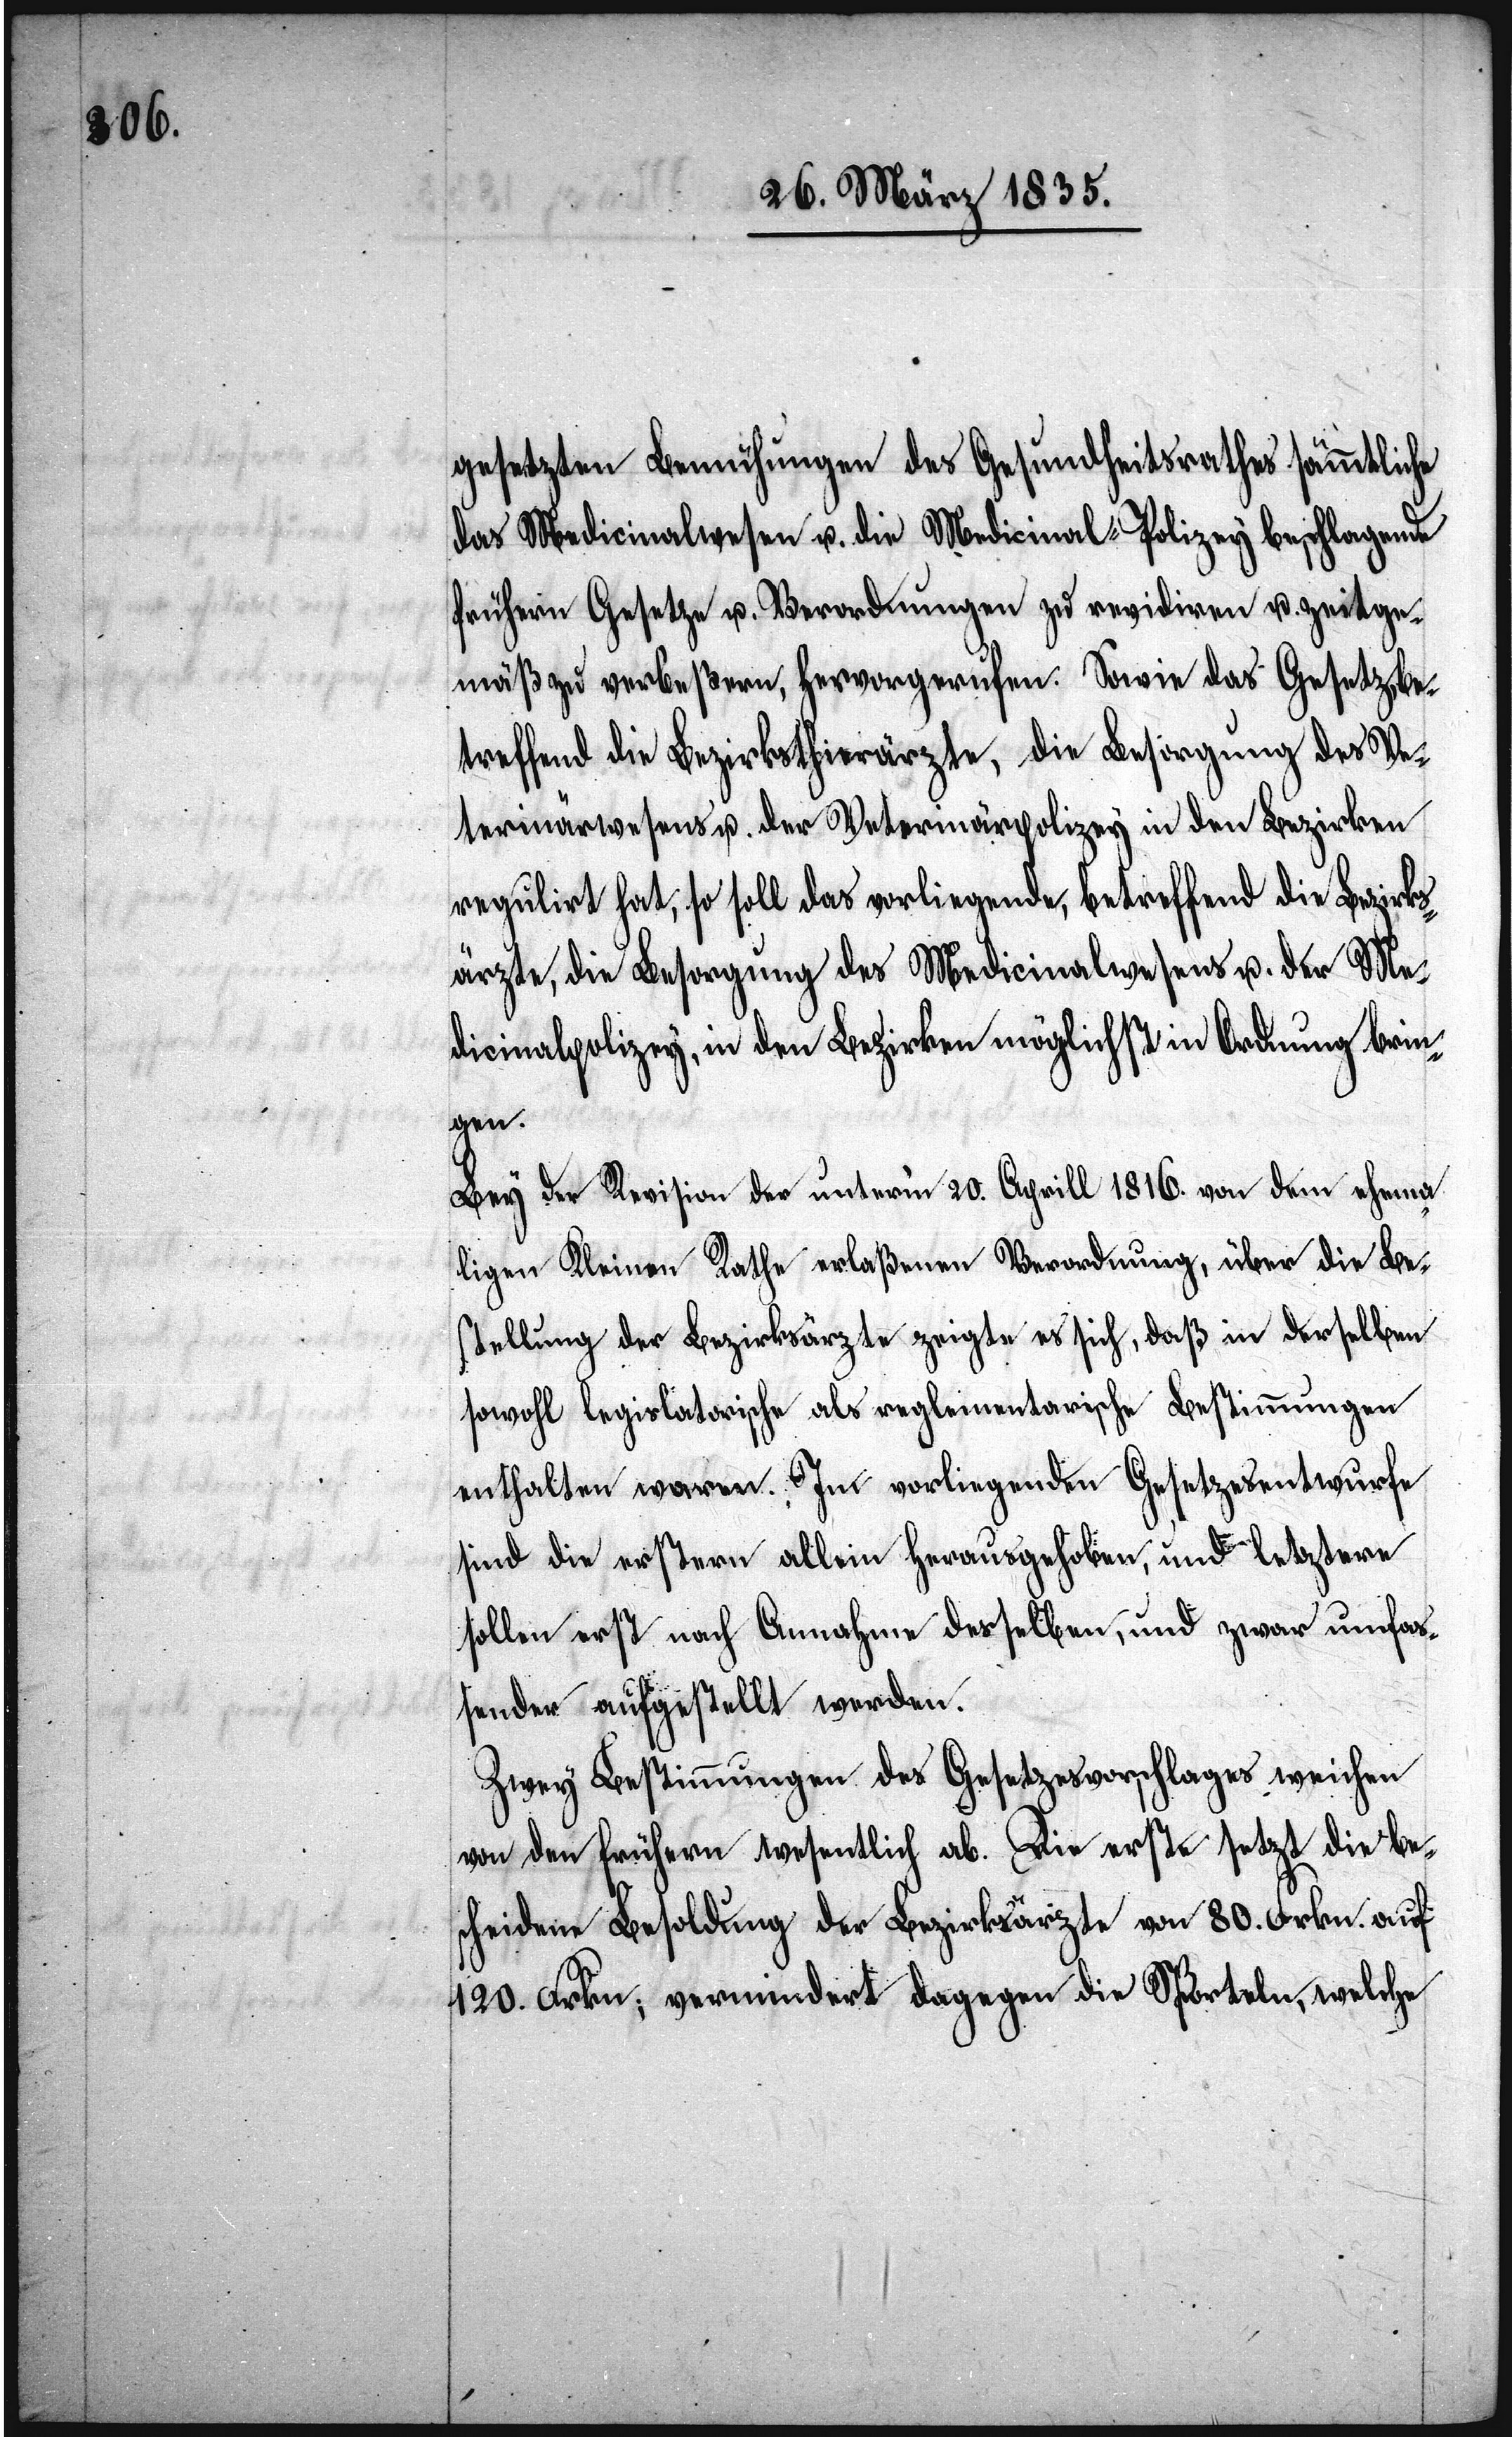
gesetzten Bemühungen des Gesundheitsrathes sämmtliche
das Medicinalwesen u. die Medicinal-Polizey beschlagende
frühern Gesetze u. Verordnungen zu revidiren u. zeitge¬
mäß zu verbeßern, hervorgerufen. Sowie das Gesetz, be¬
treffend die Bezirksthierärzte, die Besorgung des Ve¬
terinärwesens u. der Veterinärpolizey in den Bezirken
regulirt hat, so soll das vorliegende, betreffend die Bezirks¬
ärzte, die Besorgung des Medicinalwesens u. der Me¬
dicinalpolizey, in den Bezirken möglichst in Ordnung brin¬
gen.
Bey der Revision der unterm 20. Aprill 1816. von dem ehema¬
ligen Kleinen Rathe erlaßenen Verordnung, über die Be¬
stellung der Bezirksärzte zeigte es sich, daß in derselben
sowohl legislatorische als reglementarische Bestimmungen
enthalten waren. Im vorliegenden Gesetzesentwurfe
sind die erstern allein herausgehoben, und letztere
sollen erst nach Annahme derselben, und zwar umfa¬
ßender aufgestellt werden.
Zwey Bestimmungen des Gesetzesvorschlages weichen
von den frühern wesentlich ab. Die erste setzt die be¬
scheidene Besoldung der Bezirksärzte von 80. Frkn. auf
120. Frkn; vermindert dagegen die Sporteln, welche